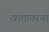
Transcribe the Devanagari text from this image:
खांद्यावरचा